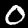
Digit: 0